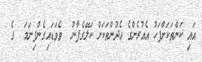
އައި ކަންތަކަށްފަހު އެއުރެންގެ އެދުންތަކަށް ކަލޭގެފާނު  ވެވަޑައިގެންފިނަމަ  ގެ